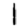
Digit: 1